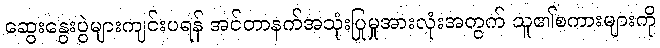
ဆွေးနွေးပွဲများကျင်းပရန် အင်တာနက်အသုံးပြုမှုအားလုံးအတွက် သူ၏စကားများကို